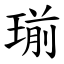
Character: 瑐